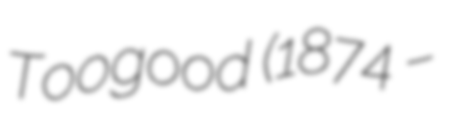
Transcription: Toogood (1874 –